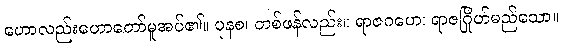
ဟောလည်းဟောတော်မူအပ်၏။ ပုနစ၊ တစ်ဖန်လည်း။ ရာဇဂဟေ၊ ရာဇဂြိုဟ်မည်သော။